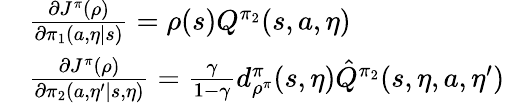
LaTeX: \begin{array}{rl}&{\frac{\partial J^{\pi}(\rho)}{\partial\pi_{1}(a,\eta|s)}=\rho(s)Q^{\pi_{2}}(s,a,\eta)}\\ &{\frac{\partial J^{\pi}(\rho)}{\partial\pi_{2}(a,\eta^{\prime}|s,\eta)}=\frac{\gamma}{1-\gamma}d_{\rho^{\pi}}^{\pi}(s,\eta)\hat{Q}^{\pi_{2}}(s,\eta,a,\eta^{\prime})}\end{array}